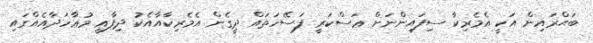
ބަޙްރައިން އަކީ އެމެރިކާ ސިފައިންނަށް ޢަސްކަރީ ފަސޭހަތައް ދީގެން އެމެރިކާއާއެކު ދިފާޢީ މުޢާހަދާއެއްގައި